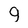
Character: g